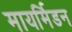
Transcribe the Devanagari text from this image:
मायर्मिडन